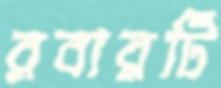
রবারটি